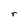
Character: r